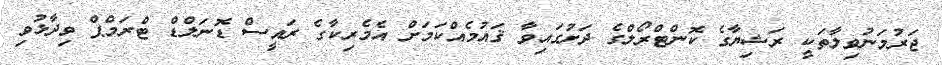
ޖަރުމަނުވިލާތަކީ ރަޝިޔާގެ ކޮންޓްރޯލްގެ ދަށުގައިވާ ޤައުމެއްކަމަށް އެމެރިކާގެ ރައީސް ޑޮނަލްޑް ޓްރަމްޕް ވިދާޅުވި